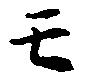
モ